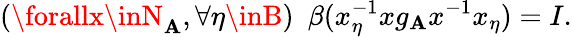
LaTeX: (\forallx\inN_{\mathbf{A}},\forall\eta\inB)~~\beta(x_{\eta}^{-1}xg_{\mathbf{A}}x^{-1}x_{\eta})=I.